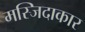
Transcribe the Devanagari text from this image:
मस्जिदाकार